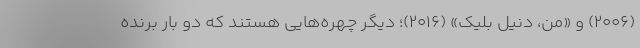
(۲۰۰۶) و «من، دنیل بلیک» (۲۰۱۶)؛ دیگر چهره‌هایی هستند که دو بار برنده